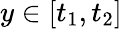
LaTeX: y\in[t_{1},t_{2}]